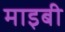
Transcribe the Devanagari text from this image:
माइबी